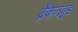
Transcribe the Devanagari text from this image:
ब्रैकेनवुड